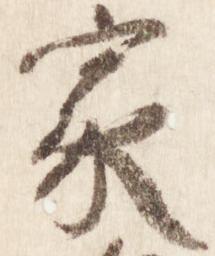
家